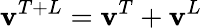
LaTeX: \mathbf{v}^{T+L}=\mathbf{v}^{T}+\mathbf{v}^{L}